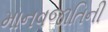
માનવજાતિની